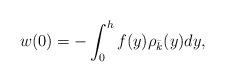
LaTeX: \begin{align*}w(0)=-\int_0^h f(y) \rho_{\bar k}(y) dy,\end{align*}